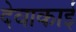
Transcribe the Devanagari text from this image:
देवाकाई